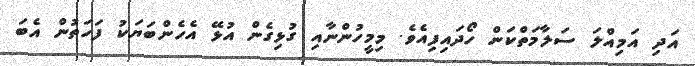
އަދި އަމިއްލަ ސަލާމަތްކަން ހޯދައިފިއެވެ. މިމީހުންނާއި ގުޅިގެން އުޅޭ އެހެންބަޔަކު ފަހަތުން އެބަ